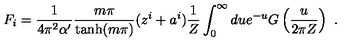
F _ { i } = \frac { 1 } { 4 \pi ^ { 2 } \alpha ^ { \prime } } \frac { m \pi } { \tanh ( m \pi ) } ( z ^ { i } + a ^ { i } ) \frac { 1 } { Z } \int _ { 0 } ^ { \infty } d u e ^ { - u } G \left( \frac { u } { 2 \pi Z } \right) \ .